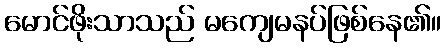
မောင်ဖိုးသာသည် မကျေမနပ်ဖြစ်နေ၏။